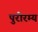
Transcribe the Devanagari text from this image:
पुरीरम्य